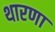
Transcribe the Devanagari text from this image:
थारणा